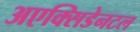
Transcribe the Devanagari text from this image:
अएक्सिडेनटल